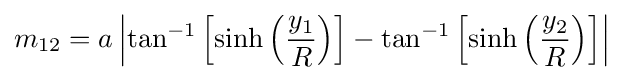
m_{12}=a\left|\tan ^{-1}\left[\sinh \left({\frac {y_{1}}{R}}\right)\right]-\tan ^{-1}\left[\sinh \left({\frac {y_{2}}{R}}\right)\right]\right|